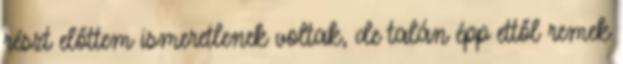
részt előttem ismeretlenek voltak, de talán épp ettől remek